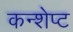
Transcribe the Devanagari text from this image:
कन्शेप्ट